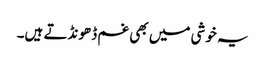
یہ خوشی میں بھی غم ڈھونڈتے ہیں۔